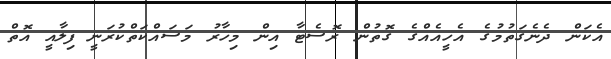
އެކަން ދެނެގަތުމުގެ އެހީއެއްގެ ގޮތުން ރޮސެޓާ އިން މިހާރު މަސައްކަތްކުރަނީ ފިލާއީ އޮތް